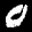
Label: 0